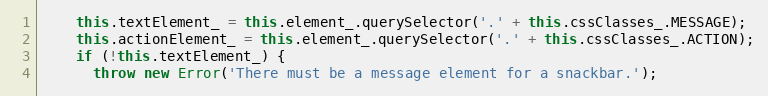
Language: JavaScript
    this.textElement_ = this.element_.querySelector('.' + this.cssClasses_.MESSAGE);
    this.actionElement_ = this.element_.querySelector('.' + this.cssClasses_.ACTION);
    if (!this.textElement_) {
      throw new Error('There must be a message element for a snackbar.');